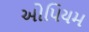
ઓપિયમ